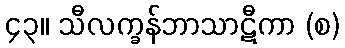
၄၃။ သီလက္ခန်ဘာသာဋီကာ (စ)